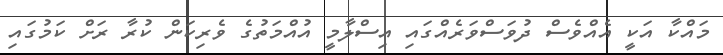
މައްކާ އަކީ އެއްވެސް ދުވަސްވަރެއްގައި އިސްލާމީ އުއްމަތުގެ ވެރިކަން ކުރާ ރަށް ކަމުގައި